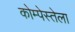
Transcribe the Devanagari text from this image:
कोम्पेस्तेला